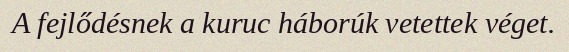
A fejlődésnek a kuruc háborúk vetettek véget.